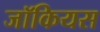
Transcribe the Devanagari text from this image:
जॉकियस